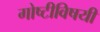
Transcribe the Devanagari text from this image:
गोष्टीविषयीं